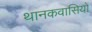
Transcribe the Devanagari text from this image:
थानकवासियों